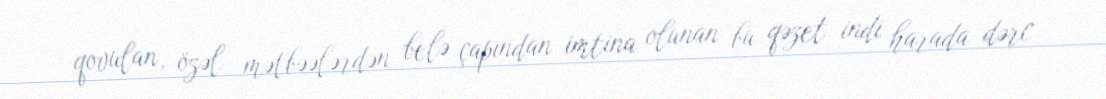
qovulan, özəl mətbəələrdən belə çapından imtina olunan bu qəzet indi harada dərc